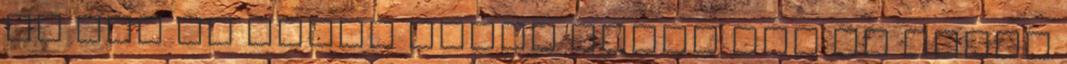
el így és három hónap alatt meg is tette